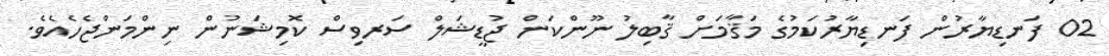
02 ފަނޑިޔާރުން ފަނޑިޔާރުކަމުގެ މަޤާމަށް ޤާބިލު ނޫންކަން ޖުޑީޝަލް ސަރވިސް ކޮމިޝަނުން ނިންމަންޖެހެއެވެ.